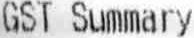
GST SUMMARY